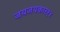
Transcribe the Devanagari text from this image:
जयजयकार१४